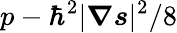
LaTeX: p-\hbar^{2}|\boldsymbol{\nabla}\boldsymbol{s}|^{2}/8